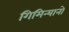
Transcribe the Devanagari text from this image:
गिमिन्यानो